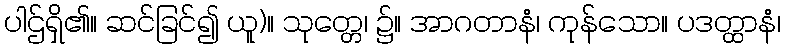
ပါဌ်ရှိ၏။ ဆင်ခြင်၍ ယူ)။ သုတ္တေ၊ ၌။ အာဂတာနံ၊ ကုန်သော။ ပဒတ္ထာနံ၊